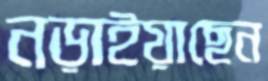
নড়াইয়াছেন